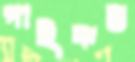
পাইকস্ত